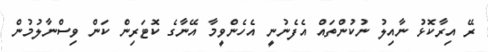
ރޭ އިރާކޮޅު ނާއިލު ނުކުންތައް އެފެނުނީ އެހެންވީމާ އޭނާގެ ކޮޓަރިން ކަން ވިސްނާލުމުން